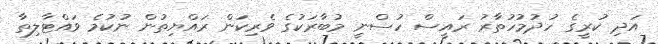
އަދި ކުރީގެ ހުދުމުހުތާރު ރައީސް ހުސްނީ މުބާރަކުގެ ވެރިކަން ރައްޔިތުން ނުކުމެ ވައްޓާލިތާ